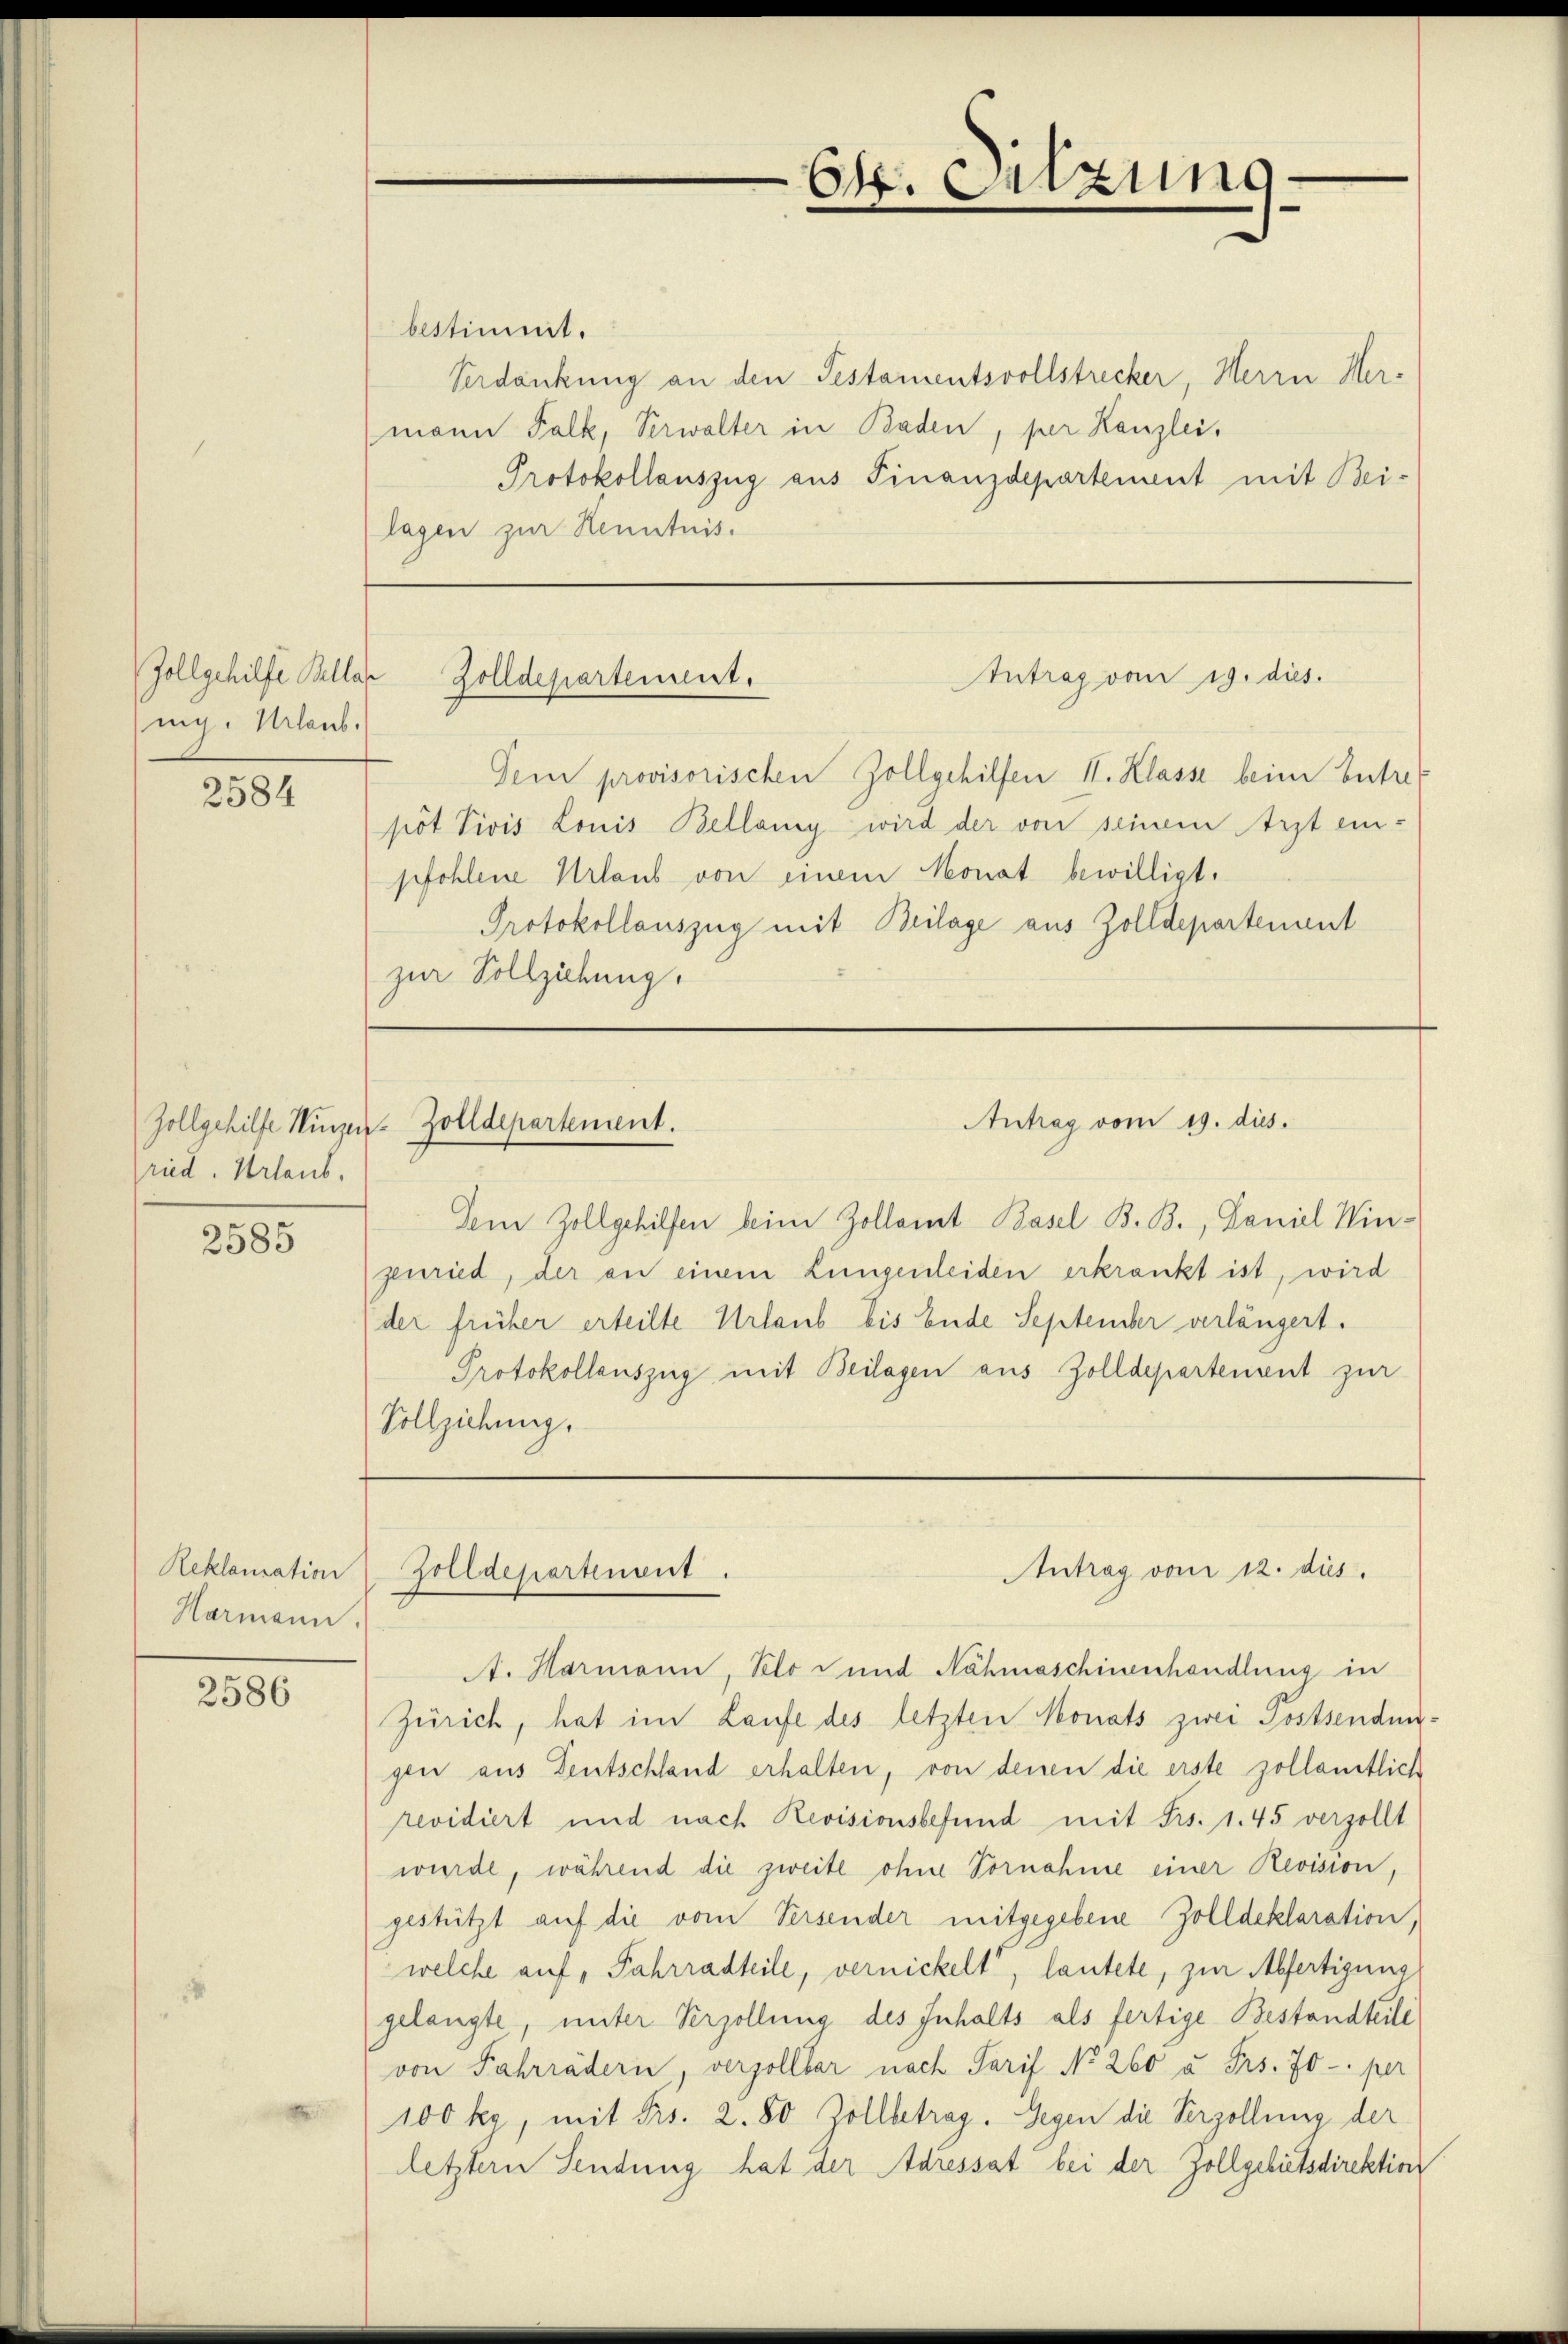
Zollgehilfe Bella
ng. Urlaub.

2584

ried. Urlaub.

2585

Reklamation
Harmann.

2586

bestimmt.
Verdankung an den Testamentsvollstrecker, Herrn Hermann Falk, Verwalter in Baden, per Kanzlei,
Protokollauszug aus Finanzdepartement mit Bei-
lagen zur Kenntnis.

Dein provisorischen Zollgehilfen II. Klasse beim betref
pöt Tivis Louis Bellanig wird der von seinem Arzt ein-
pfohlene Urlaub von einem Monat bewilligt.
Protokollauszug mit Beilage aus Zolldepartenant
zur Vollziehung.

Dem Zollgehilfen beim Zollamt Basel B. B., Daniel Wingenried, der an einem Lungenleiden erkrankt ist, wird
der früher erteilte Urlaub bis Ende September verlängert.
Protokollauszug mit Beilagen aus Zolldepartenant zur
Vollziehung.

A. Harmann, Selo  und Nähmaschinenhandlung in
Zürich, hat im Laufe des letzten Monats zwei Postsendungen aus Deutschland erhalten, von denen die erste zollamtlich
revidiert und nach Revisionsbefund mit Frs. 1. 45 verzollt
wurde, während die zweite ohne Vornahme einer Revision,
gestützt auf die vom Versender mitgegebene Zolldeklaration,
welche auf, Fahrradteile, vernickelt, lautete, zur Abfertigung
gelangte, unter Verzollung des Inhalts als fertige Bestandteile
von Fahrrädern, verzollbar nach Tarif No 260 u. Frs. 70 - per
100 kg, mit Frs. 2. 80 Zollbetrag. Gegen die Verzollung der
letztern Sendung hat der Adressat bei der Zollgebietsdirektion

Ct. Sitzung

Antrag vom 19. dies
Zolldepartement.

Zollgehilfe Hinzer-Zolldepartement.

Zolldepartement.

Antrag vom 19. dies.

Antrag vom 12. dus.